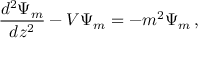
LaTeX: { \frac { d ^ { 2 } \Psi _ { m } } { d z ^ { 2 } } } - V \Psi _ { m } = - m ^ { 2 } \Psi _ { m } \, ,